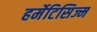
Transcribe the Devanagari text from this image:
हर्मेटिसिज्म